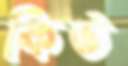
কিউ